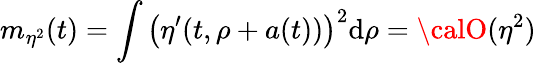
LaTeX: m_{\eta^{2}}(t)=\int\left(\eta^{\prime}(t,\rho+a(t))\right)^{2}\mathrm{d}\rho={\calO}(\eta^{2})